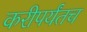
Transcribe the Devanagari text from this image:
करीपर्यंतच